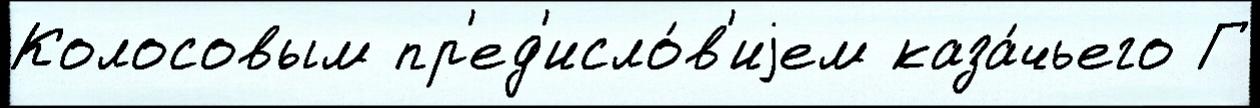
Колосовым пр'ед'исло́в'иjем каза́чьего Г